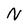
Character: N